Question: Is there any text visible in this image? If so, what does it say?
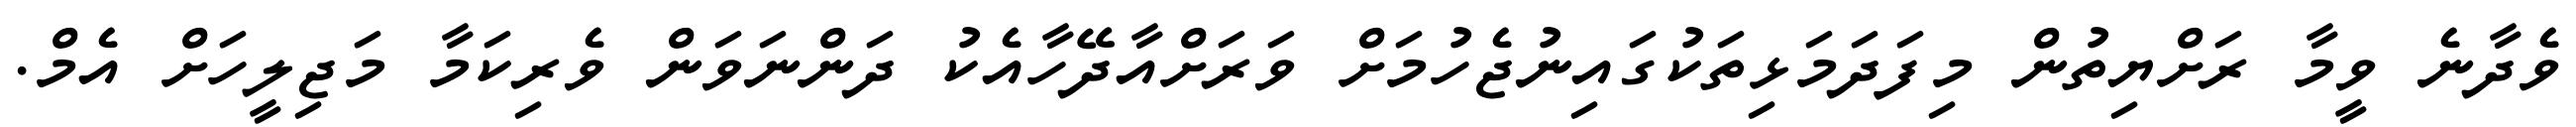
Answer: ވެދާނެ ވީމާ ރަށްޔިތުން މިފަދަމަޅިތަކުގައިނުޖެހުމަށް ވަރަށްއާދޭހާއެކު ދަންނަވަން ވެރިކަމާ މަޖިލީހަށް އެމް.